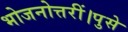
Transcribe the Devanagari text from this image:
भोजनोत्तरीं।पुसे